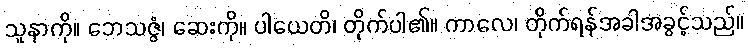
သူနာကို။ ဘေသဇ္ဇံ၊ ဆေးကို။ ပါယေတိ၊ တိုက်ပါ၏။ ကာလေ၊ တိုက်ရန်အခါအခွင့်သည်။